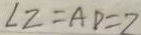
\angle 2 = A D = 2